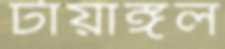
টায়াঙ্গল